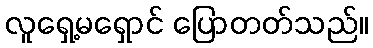
လူရှေ့မရှောင် ပြောတတ်သည်။